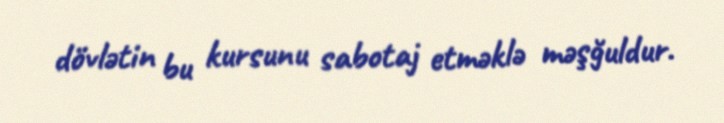
dövlətin bu kursunu sabotaj etməklə məşğuldur.